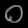
Digit: ၀